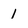
Character: 1